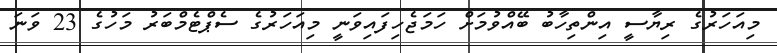
މިއަހަރުގެ ރިޔާސީ އިންތިހާބު ބޭއްވުމަށް ހަމަޖެހިފައިވަނީ މިއަހަރުގެ ސެޕްޓެމްބަރު މަހުގެ 23 ވަނަ